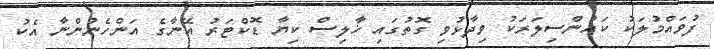
ފުވައްމުލަކު ކައުންސިލަރަކު ވިދާޅުވި ގޮތުގައި ޚާލިސް ކިޔާ ޑޮކްޓަރު އޭނާގެ އަންހެނުންނާ އެކު